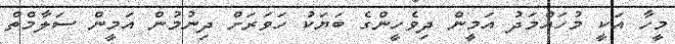
މީހާ އަކީ މުހައްމަދު އަމީން ދިވެހީންގެ ބަޔަކު ހަވަރަށް ދިނުމުން އަމީން ސަލާމްތް